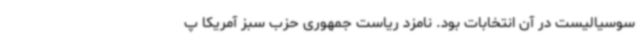
سوسیالیست در آن انتخابات بود. نامزد ریاست جمهوری حزب سبز آمریکا پ